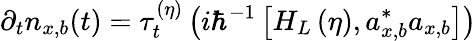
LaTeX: \partial_{t}n_{x,b}(t)=\tau_{t}^{(\eta)}\left(i\hbar^{-1}\left[H_{L}\left(\eta\right),a_{x,b}^{\ast}a_{x,b}\right]\right)